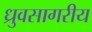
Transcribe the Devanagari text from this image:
ध्रुवसागरीय